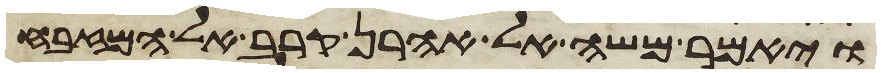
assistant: ויאמר משה אל אהרן קרב אל המזבח